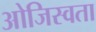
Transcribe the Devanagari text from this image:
ओजिस्वता